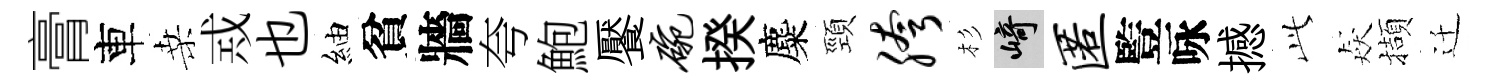
膏車桑𢦶也紬貧牆夸鮑饜碗揆麋頸胯杉崎匿䜿咏撼𬼘猋擷迁